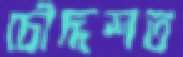
চৌদ্দশত